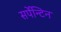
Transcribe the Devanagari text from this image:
सर्पेन्टिन